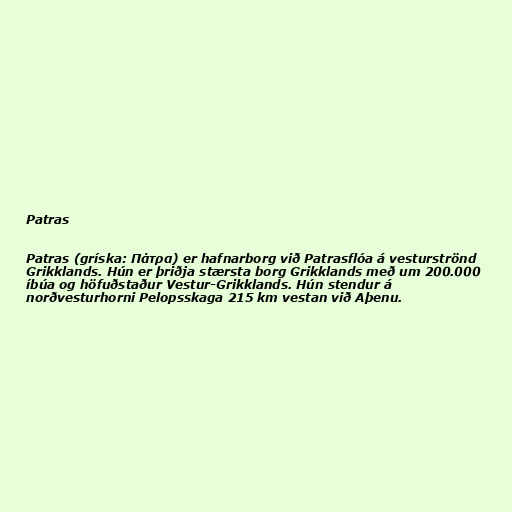
Patras

Patras (gríska: Πάτρα) er hafnarborg við Patrasflóa á vesturströnd
Grikklands. Hún er þriðja stærsta borg Grikklands með um 200.000
íbúa og höfuðstaður Vestur-Grikklands. Hún stendur á
norðvesturhorni Pelopsskaga 215 km vestan við Aþenu.